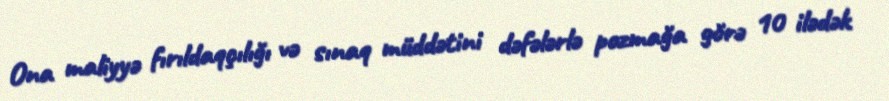
Ona maliyyə fırıldaqçılığı və sınaq müddətini dəfələrlə pozmağa görə 10 ilədək